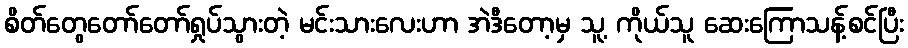
စိတ်တွေတော်တော်ရှုပ်သွားတဲ့ မင်းသားလေးဟာ အဲဒီတော့မှ သူ့ ကိုယ်သူ ဆေးကြောသန့်စင်ပြီး